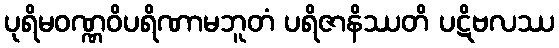
ပုရိမဝဏ္ဏဝိပရိဏာမဘူတံ ပရိဇာနိဿတိ ပဋိဗလဿ